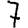
Digit: 7